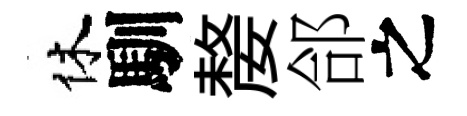
休馴嫠郃之